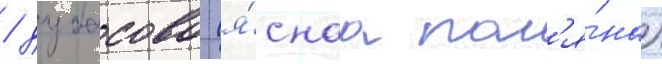
/ дубасово (я́снаа пол'я́на)